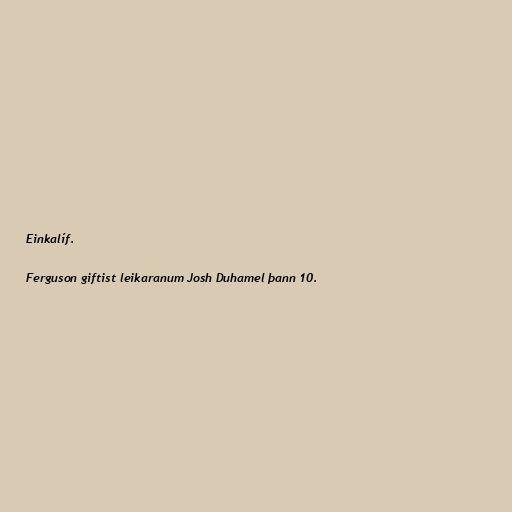
Einkalíf.

Ferguson giftist leikaranum Josh Duhamel þann 10.